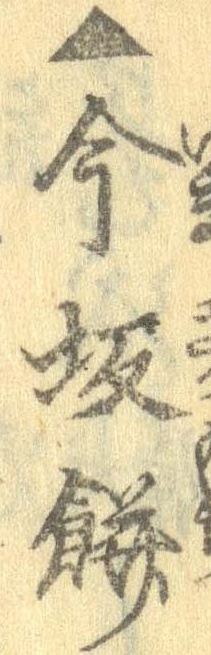
▲今坂餅